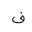
Letter: _fa